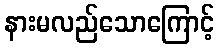
နားမလည်သောကြောင့်